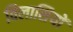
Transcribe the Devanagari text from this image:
विलासियों